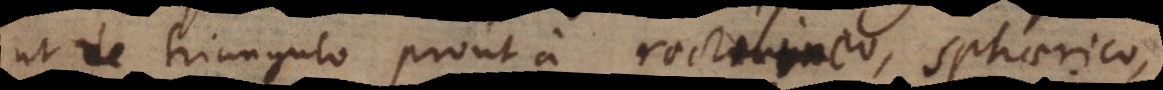
ut de triangulo prout a rectilineo, sphaerico,